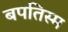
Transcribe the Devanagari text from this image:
बपतिस्म